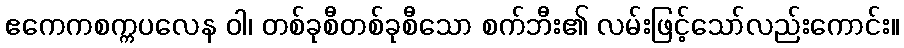
ဧကေကစက္ကပလေန ဝါ၊ တစ်ခုစီတစ်ခုစီသော စက်ဘီး၏ လမ်းဖြင့်သော်လည်းကောင်း။